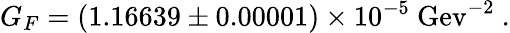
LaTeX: G_{F}=(1.16639\pm 0.00001)\times 10^{-5}~\mathrm{Gev^{-2}}~.